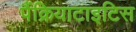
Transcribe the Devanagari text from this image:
पैंक्रियाटाइटिस